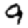
Digit: 9